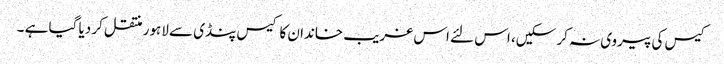
کیس کی پیروی نہ کر سکیں، اس لئے اس غریب خاندان کا کیس پنڈی سے لاہور منتقل کر دیا گیا ہے ۔